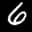
Label: 6